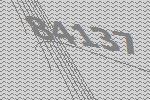
84137